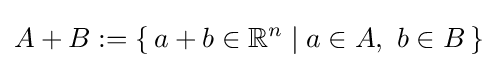
A+B:=\{\,a+b\in \mathbb {R} ^{n}\mid a\in A,\ b\in B\,\}